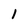
Character: I